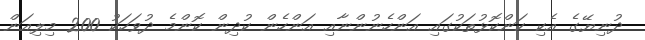
ދުނިޔޭގެ އެކި ކަންކޮޅުތަކުގައި އަންހެނުންނާއި އަންހެން ކުދިން ކޮންމެ ދުވަހަކު 200 މިލިއަން